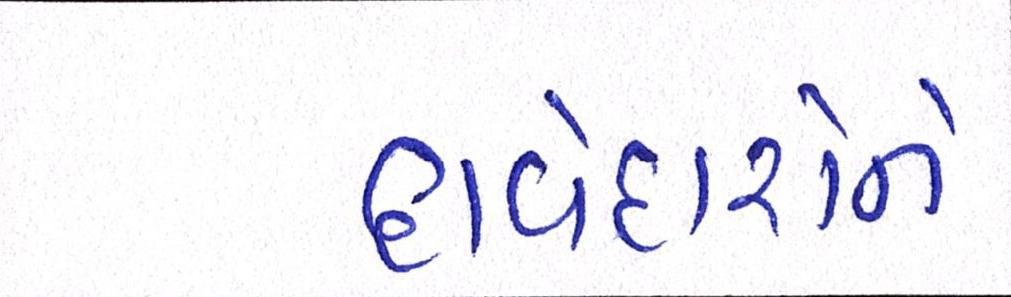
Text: દાવેદારોને